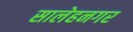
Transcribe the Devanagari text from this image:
सालेहनगर